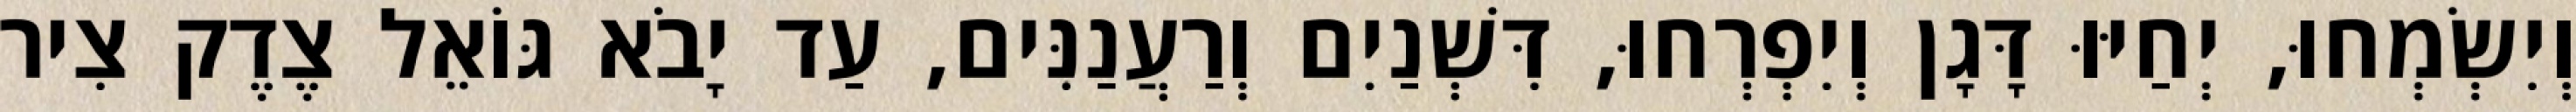
וְיִשְׂמְחוּ, יְחַיּוּ דָּגָן וְיִפְרְחוּ, דִּשְׁנַיִם וְרַעֲנַנִּים, עַד יָבֹא גּוֹאֵל צֶדֶק צִיר